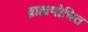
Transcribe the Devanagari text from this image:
ब्राह्मणोचित